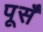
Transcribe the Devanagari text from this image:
पूसँ